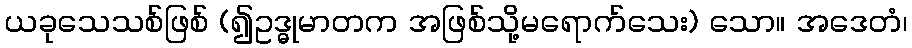
ယခုသေသစ်ဖြစ် (၍ဥဒ္ဓုမာတက အဖြစ်သို့မရောက်သေး) သော။ အဒေတံ၊